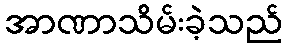
အာဏာသိမ်းခဲ့သည်